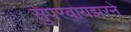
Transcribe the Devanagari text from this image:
सुपरवायझरने